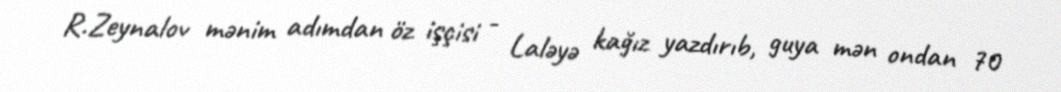
R.Zeynalov mənim adımdan öz işçisi - Laləyə kağız yazdırıb, guya mən ondan 70